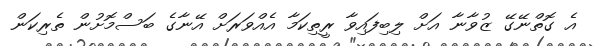
އެ ގޮތްނޭގޭ ޒުވާނާ އަށް ލިބިފައިވާ ރީތިކަމާ އެއްވަރަށް އޭނާގެ ބަސްމޮށުން ތެރިކަން